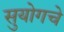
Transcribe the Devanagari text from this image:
सुयोगचे